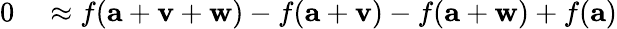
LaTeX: \begin{array}{rl}{0}&{{}\approx f(\mathbf{a}+\mathbf{v}+\mathbf{w})-f(\mathbf{a}+\mathbf{v})-f(\mathbf{a}+\mathbf{w})+f(\mathbf{a})}\end{array}